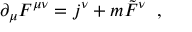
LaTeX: \partial _ { \mu } F ^ { \mu \nu } = j ^ { \nu } + m \tilde { F } ^ { \nu } \; \; ,